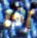
إذا